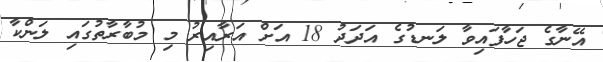
އޭނާގެ ޖަހާފައިވާ ލަނޑުގެ އަދަދު 18 އަށް އަރާއިރު މި މުބާރާތުގައި ލަންކާ